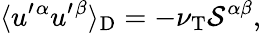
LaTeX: \langle{u^{\prime}{}^{\alpha}u^{\prime}{}^{\beta}}\rangle_{\textrm{D}}=-\nu_{\textrm{T}}{\cal{S}}^{\alpha\beta},